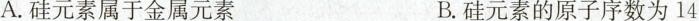
A.硅元素属于金属元素B.硅元素的原子序数为14